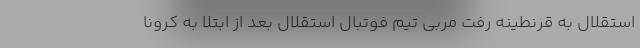
استقلال به قرنطینه رفت مربی تیم فوتبال استقلال بعد از ابتلا به کرونا